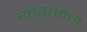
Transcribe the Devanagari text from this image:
रक्तात्मने